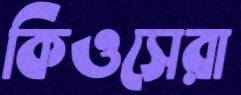
কিওসেরা